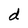
Character: d